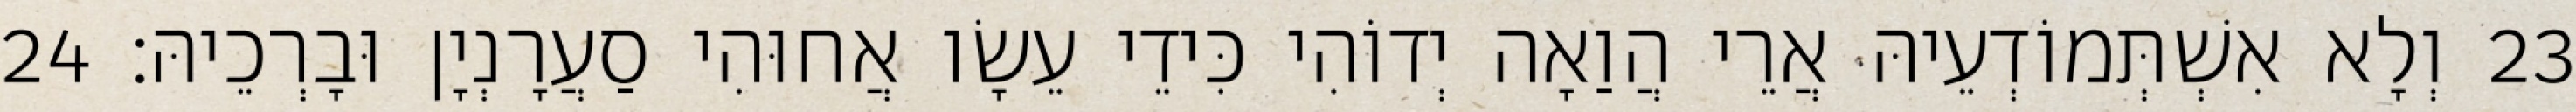
23 וְלָא אִשְׁתְּמוֹדְעֵיהּ אֲרֵי הֲוַאָה יְדוֹהִי כִּידֵי עֵשָׂו אֲחוּהִי סַעֲרָנְיָן וּבָרְכֵיהּ׃ 24